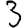
Digit: 3